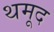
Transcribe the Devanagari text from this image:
थमूद